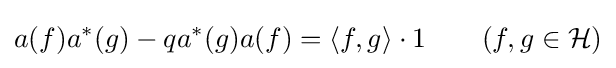
a(f)a^{*}(g)-qa^{*}(g)a(f)=\langle f,g\rangle \cdot 1\qquad (f,g\in {\mathcal {H}})